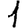
Digit: 1